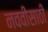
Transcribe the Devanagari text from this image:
नववीसाठी